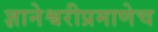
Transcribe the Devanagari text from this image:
ज्ञानेश्वरीप्रमाणेच